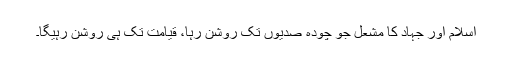
اسلام اور جہاد کا مشعل جو چودہ صدیوں تک روشن رہا، قیامت تک ہی روشن رہیگا۔